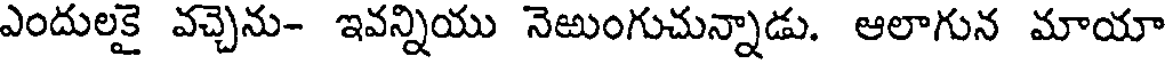
ఎందులకై వచ్చెను- ఇవన్నియు నెఱుంగుచున్నాడు. ఆలాగున మాయా